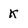
Character: K